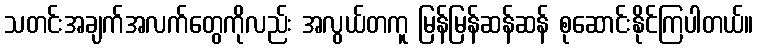
သတင်းအချက်အလက်တွေကိုလည်း အလွယ်တကူ မြန်မြန်ဆန်ဆန် စုဆောင်းနိုင်ကြပါတယ်။